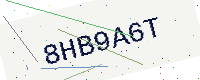
Text: 8HB9A6T